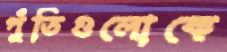
পুঁতিগুলোকে